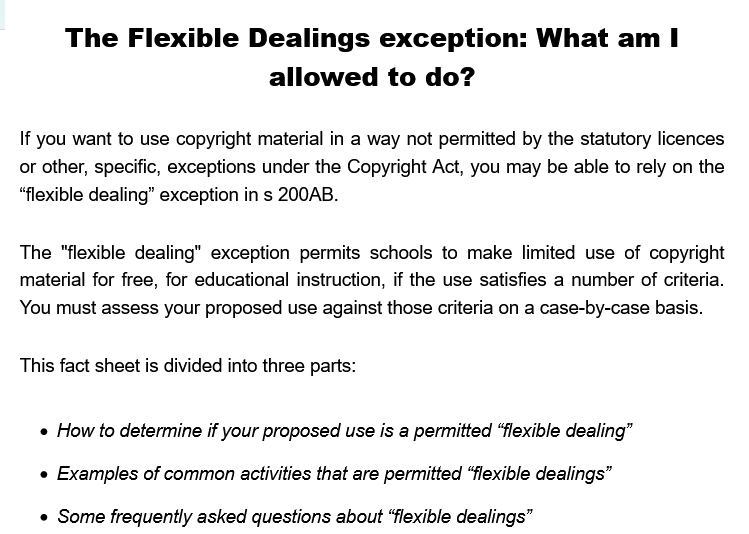
The    Flexible    Dealings    exception:    What    am    I
     allowed    to  do?
   If you want to use copyright material in a way not permitted by the statutory licences
   or other, specific, exceptions under the Copyright Act, you may be able to rely on the
   “flexible dealing” exception in s 200AB.
   The "flexible dealing" exception permits schools to make limited use of copyright
   material for free, for educational instruction, if the use satisfies a number of criteria.
   You must assess your proposed use against those criteria on a case-by-case basis.
   This fact sheet is divided into three parts:
     « How to determine if your proposed use is a permitted “flexible dealing”
     « Examples of common activities that are permitted “flexible dealings”
     « Some frequently asked questions about “flexible dealings”